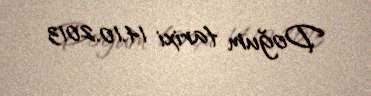
Doğum tarixi 14.10.2013